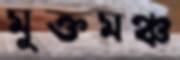
মুক্তমঞ্চ